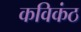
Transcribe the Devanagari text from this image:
कविकंठ